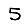
Digit: 5